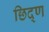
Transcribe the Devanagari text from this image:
छिद्ण